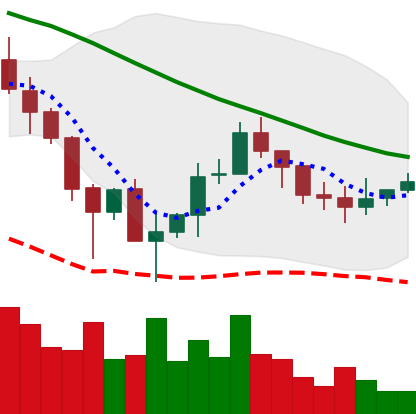
Ticker: ADA-USD
Chart end date: 2019-12-07
Forward return: -5.248%
Label: down_5_7